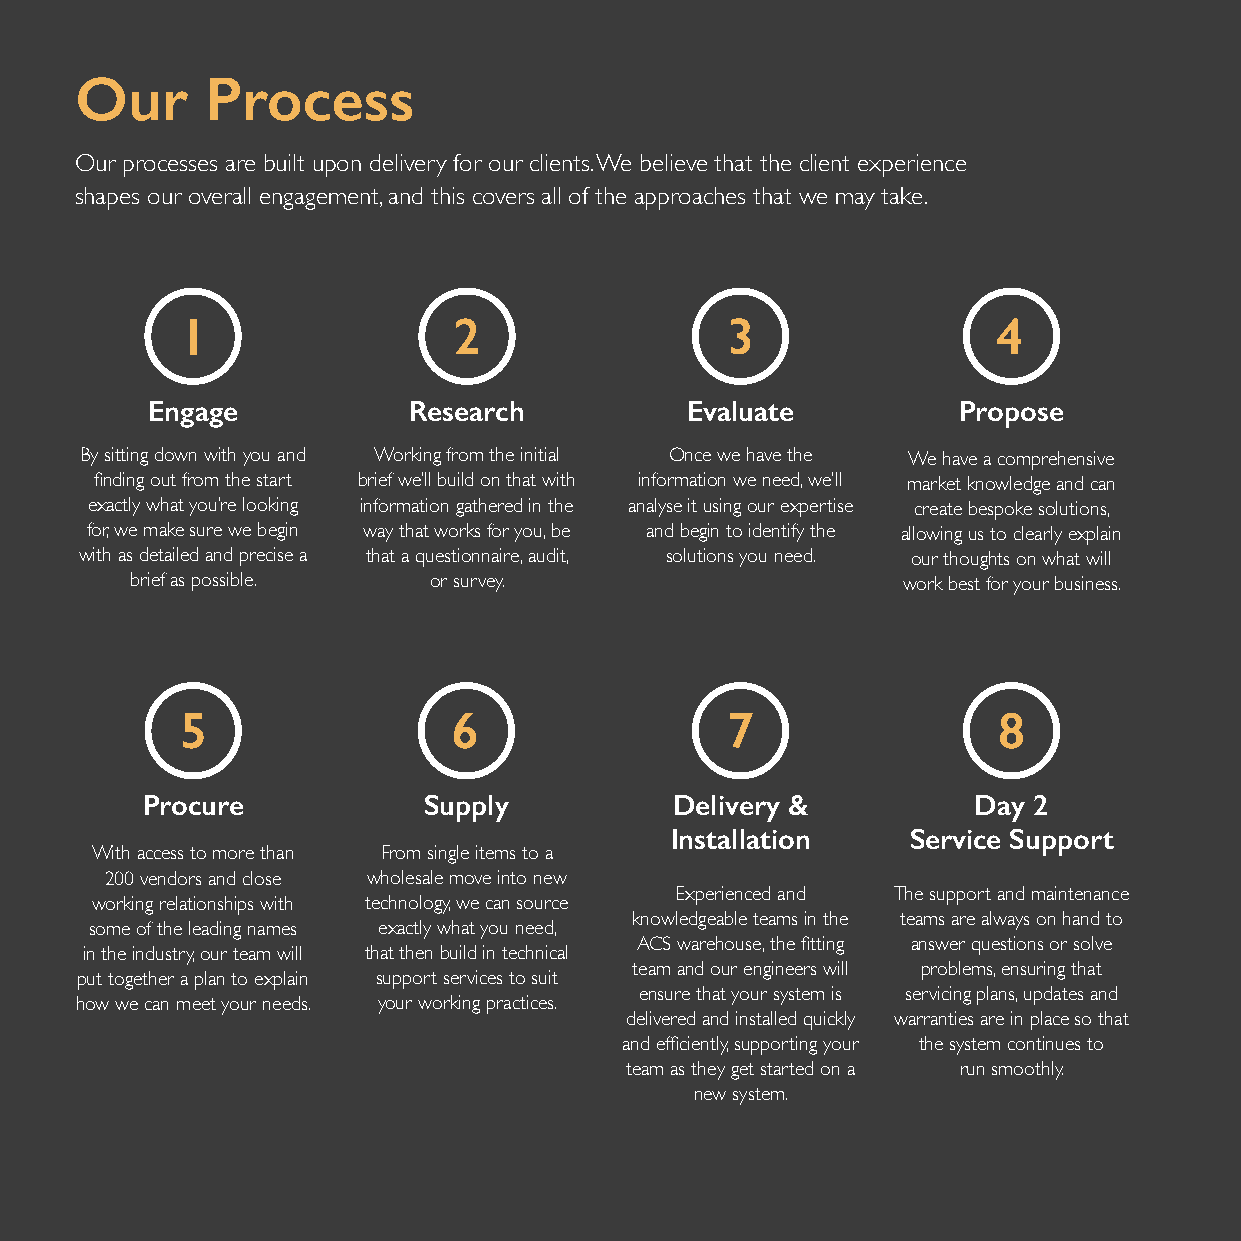
Our      Process
 Our processes are built upon delivery for our clients. We believe that the client experience
 shapes our overall engagement, and this covers all of the approaches that we may take.
 Engage           Research          Evaluate          Propose
 By sitting down with you and Working from the initial Once we have the We have a comprehensive
 finding out from the start brief we’ll build on that with information we need, we’ll market knowledge and can
 exactly what you’re looking information gathered in the analyse it using our expertise create bespoke solutions,
 for, we make sure we begin way that works for you, be and begin to identify the allowing us to clearly explain
 with as detailed and precise a that a questionnaire, audit, solutions you need. our thoughts on what will
 brief as possible. or survey.                      work best for your business.
 Procure            Supply           Delivery &         Day 2
 Installation    Service Support
 With access to more than From single items to a
 200 vendors and close wholesale move into new
 Experienced and The support and maintenance
 working relationships with technology, we can source
 knowledgeable teams in the teams are always on hand to
 some of the leading names exactly what you need,
 ACS warehouse, the fitting answer questions or solve
 in the industry, our team will that then build in technical
 team and our engineers will problems, ensuring that
 put together a plan to explain support services to suit
 ensure that your system is servicing plans, updates and
 how we can meet your needs. your working practices.
 delivered and installed quickly warranties are in place so that
 and efficiently, supporting your the system continues to
 team as they get started on a run smoothly.
 new system.